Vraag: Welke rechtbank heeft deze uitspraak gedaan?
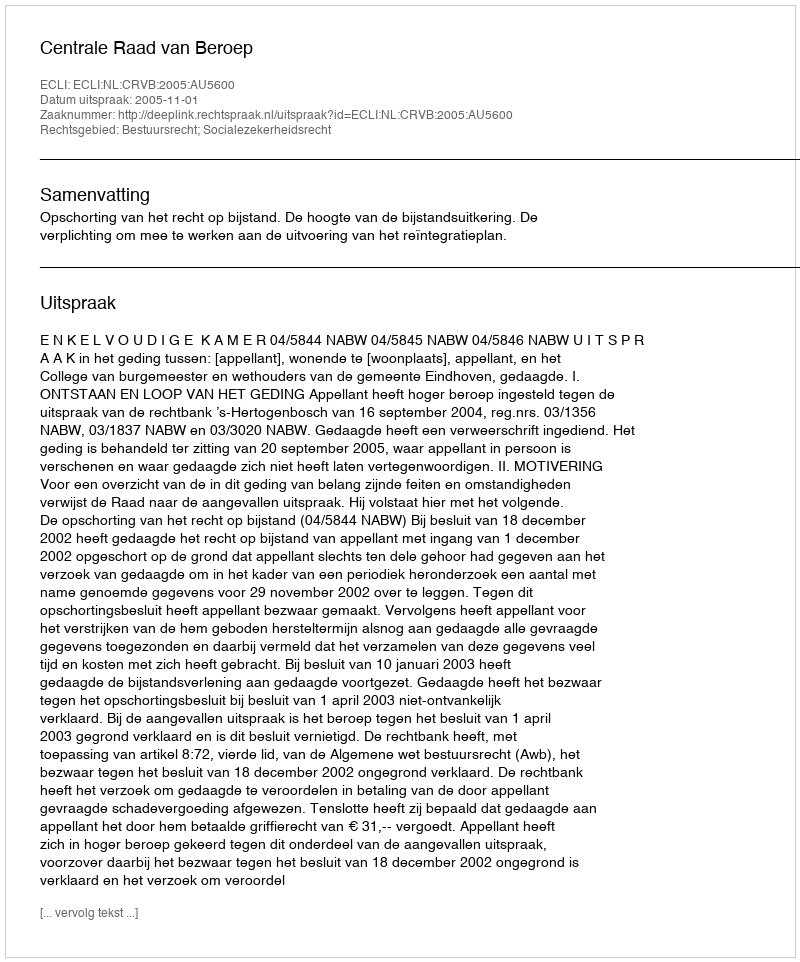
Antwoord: Centrale Raad van Beroep